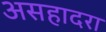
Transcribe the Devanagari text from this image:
असहादरा